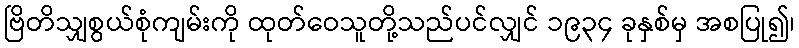
ဗြိတိသျှစွယ်စုံကျမ်းကို ထုတ်ဝေသူတို့သည်ပင်လျှင် ၁၉၃၄ ခုနှစ်မှ အစပြု၍၊